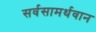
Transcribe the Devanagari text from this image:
सर्वसामर्थवान